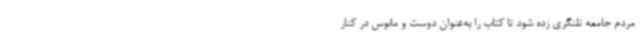
مردم جامعه تلنگری زده شود تا کتاب را به‌عنوان دوست و مانوس در کنار